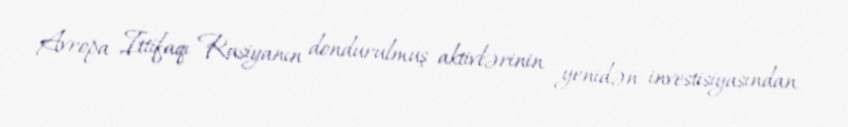
Avropa İttifaqı Rusiyanın dondurulmuş aktivlərinin yenidən investisiyasından